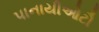
પાનાયીઓટૌ